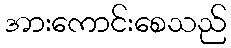
အားကောင်းစေသည်